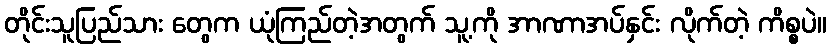
တိုင်းသူပြည်သား တွေက ယုံကြည်တဲ့အတွက် သူ့ကို အာဏာအပ်နှင်း လိုက်တဲ့ ကိစ္စပဲ။